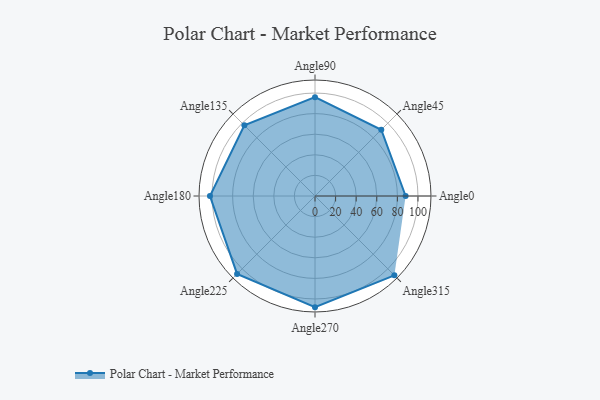
{"axis": {"x": "Angle", "y": "Radius"}, "legend": [""], "data": [{"x": "Angle0", "y": 88.0, "type": ""}, {"x": "Angle45", "y": 91.0, "type": ""}, {"x": "Angle90", "y": 96.0, "type": ""}, {"x": "Angle135", "y": 97.0, "type": ""}, {"x": "Angle180", "y": 102.0, "type": ""}, {"x": "Angle225", "y": 107.0, "type": ""}, {"x": "Angle270", "y": 108.0, "type": ""}, {"x": "Angle315", "y": 109.0, "type": ""}]}